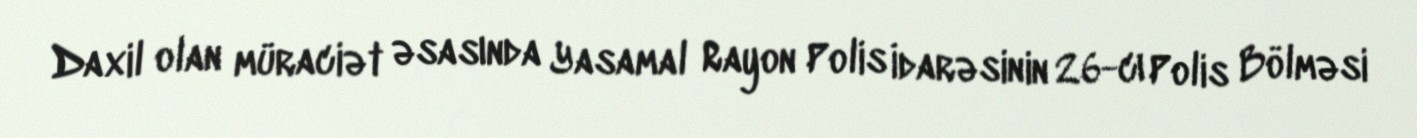
Daxil olan müraciət əsasında Yasamal Rayon Polis İdarəsinin 26-cı Polis Bölməsi